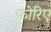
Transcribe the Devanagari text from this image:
फोरिए